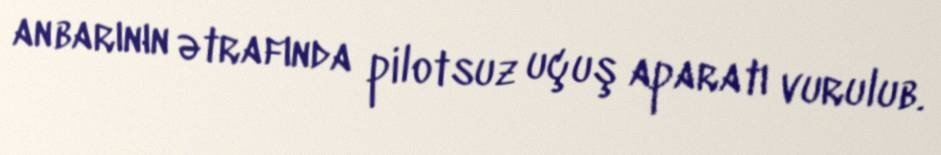
anbarının ətrafında pilotsuz uçuş aparatı vurulub.